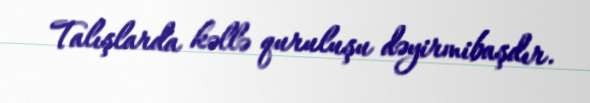
Talışlarda kəllə quruluşu dəyirmibaşdır.